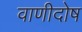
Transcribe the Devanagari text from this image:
वाणीदोष